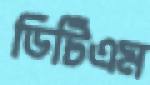
ডিটিএম